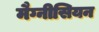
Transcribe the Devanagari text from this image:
मैग्नीसियन